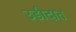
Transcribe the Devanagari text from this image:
उडीदात